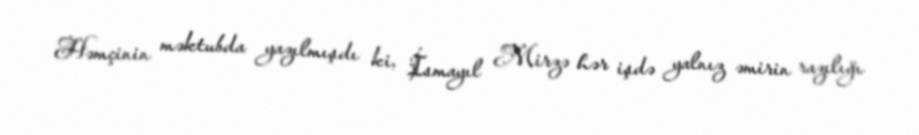
Həmçinin məktubda yazılmışdı ki, İsmayıl Mirzə hər işdə yalnız əmirin razılığı